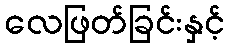
လေဖြတ်ခြင်းနှင့်